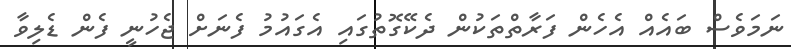
ނަމަވެސް ބައެއް އެހެން ފަރާތްތަކުން ދެކޭގޮތުގައި އެގައުމު ފެނަށް ޖެހުނީ ފެން ޑެލިވާ